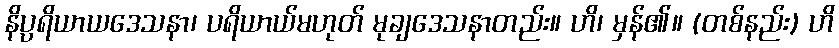
နိပ္ပရိယာယဒေသနာ၊ ပရိယာယ်မဟုတ် မုချဒေသနာတည်း။ ဟိ၊ မှန်၏။ (တစ်နည်း) ဟိ